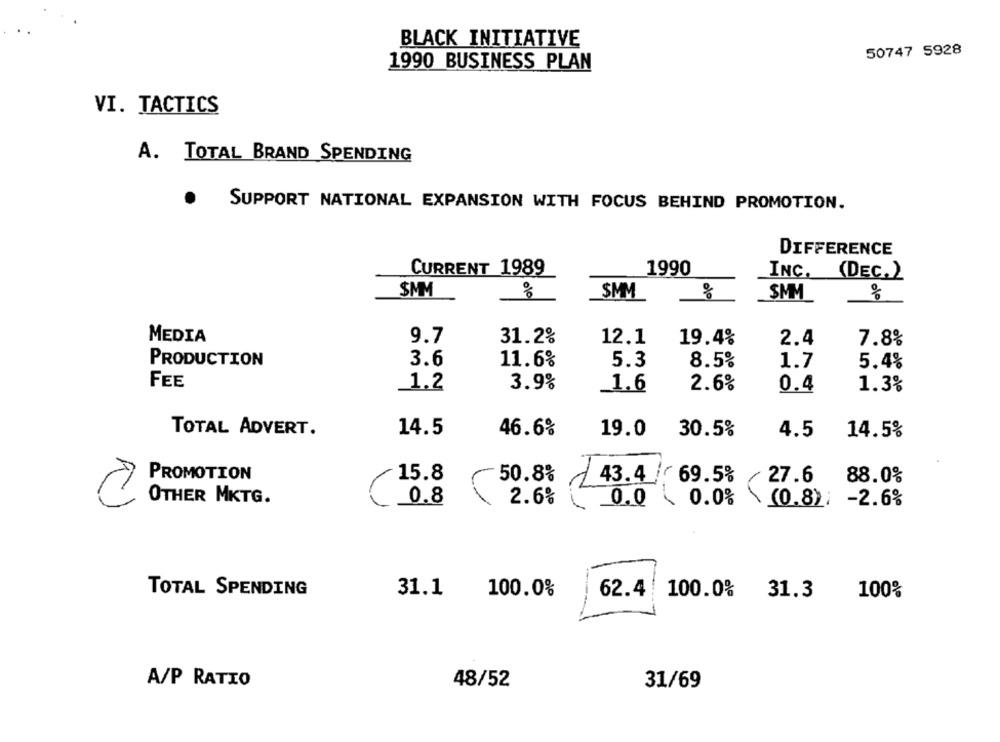
BLACK INITIATIVE
50747 5928
1990 BUSINESS PLAN
VI. TACTICS
A. TOTAL BRAND SPENDING
SUPPORT NATIONAL EXPANSION WITH FOCUS BEHIND PROMOTION.
DIFFERENCE
CURRENT 1989
1990
INC. (DEC. )
SMM
SMM
%
SMM
%
MEDIA
9.7
31.2%
12.1
19.4%
2.4
7.8%
PRODUCTION
3.6
11.6%
5.3
8.5%
1.7
5.4%
FEE
1.2
3.9%
_1.6
2.6%
0.4
1.3%
TOTAL ADVERT.
14.5
46.6%
19.0
30.5%
4.5
14.5%
PROMOTION
15.8
50.8%
43.4 / 69.5%
27.6
88.0%
OTHER MKTG.
0.8
1
2.6%
0.0 0.0%
(0.8): - 2.6%
TOTAL SPENDING
31.1
100.0%
62.4!
100.0% 31.3
100%
A/P RATIO
48/52
31/69